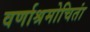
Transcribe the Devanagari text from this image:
वर्णाश्रमोचितां